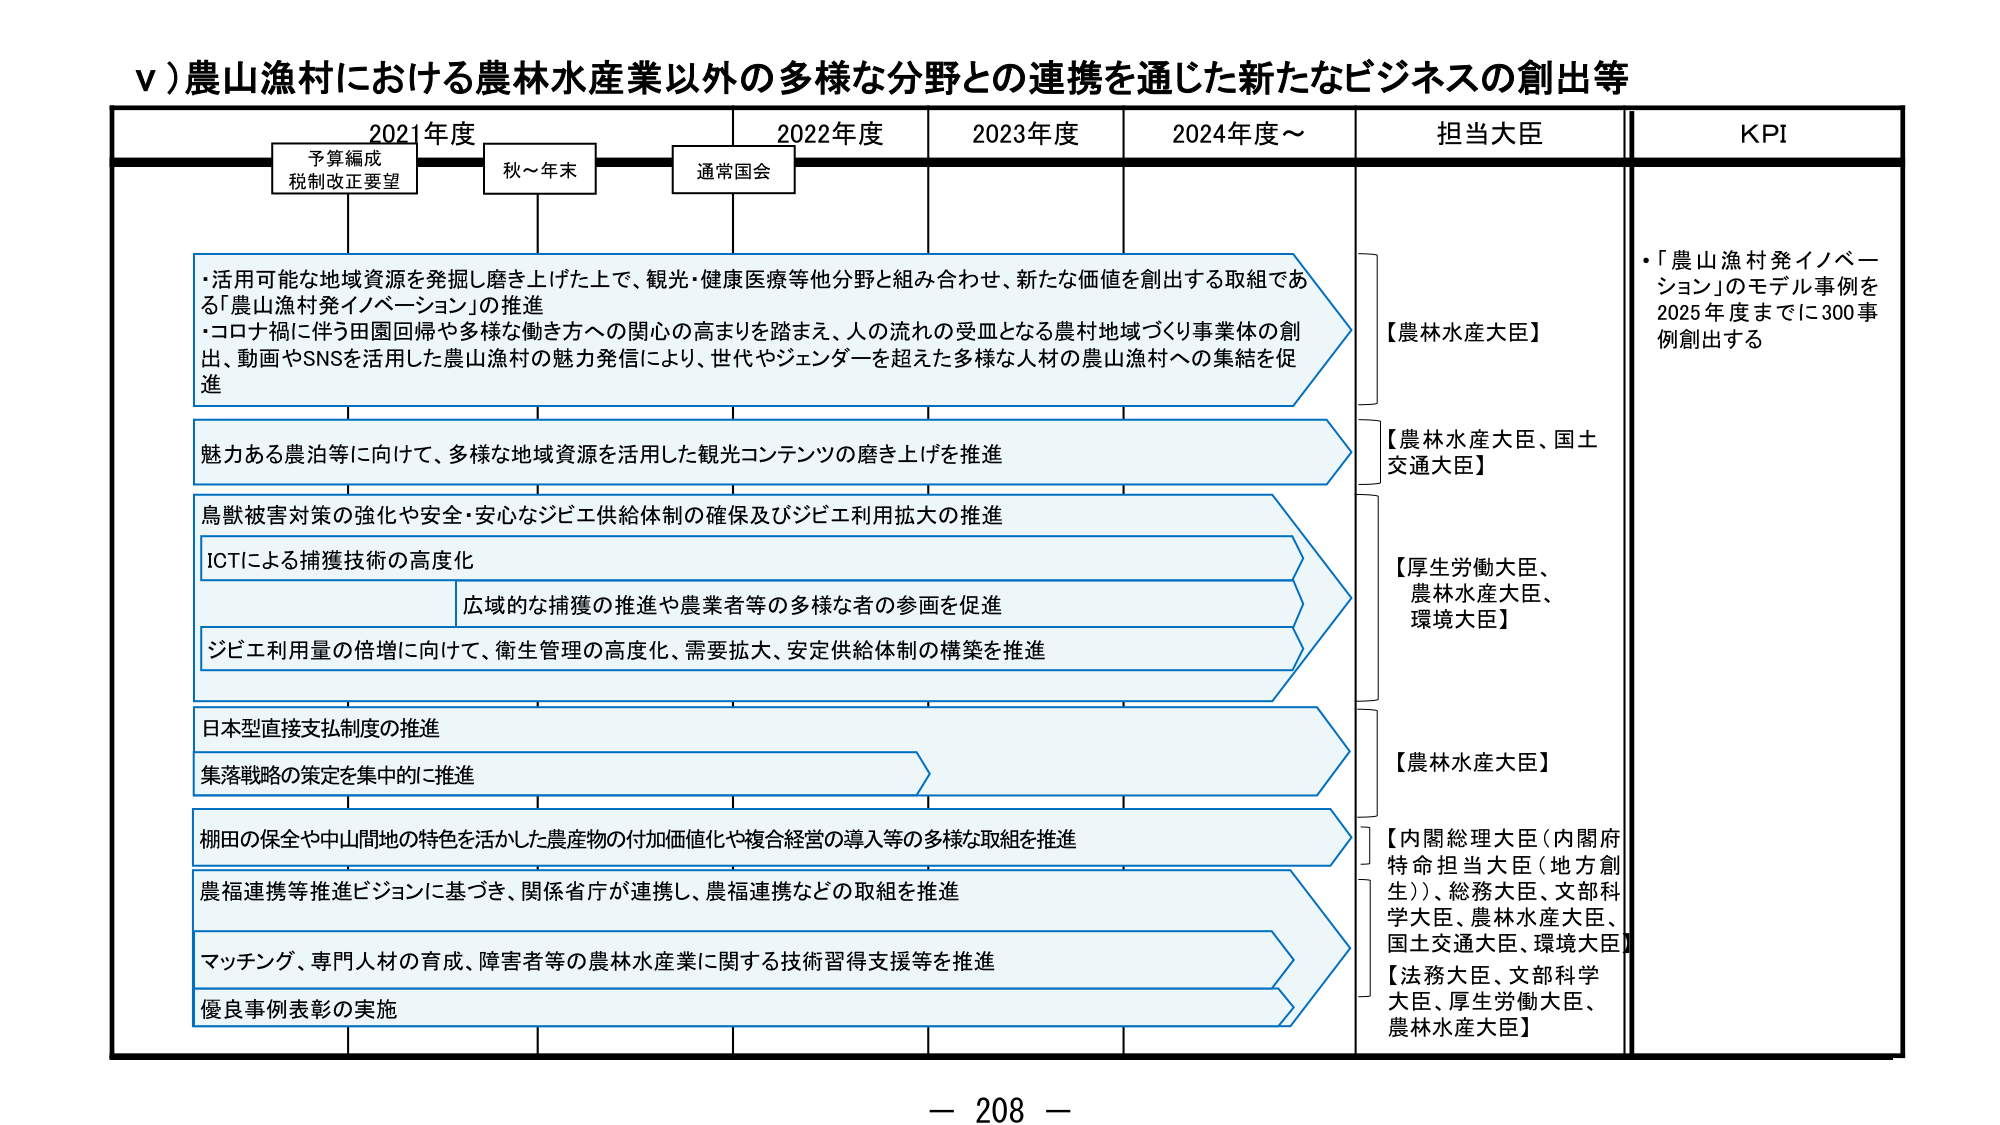
v）農山漁村における農林水産業以外の多様な分野との連携を通じた新たなビジネスの創出等

2021年度　　　　　2022年度　　　　　2023年度　　　　　2024年度～　　　　　担当大臣　　　　　KPI

予算編成
税制改正要望　　　秋～年末　　　通常国会

・活用可能な地域資源を発掘し磨き上げた上で、観光・健康医療等他分野と組み合わせ、新たな価値を創出する取組であ
る「農山漁村発イノベーション」の推進
・コロナ禍に伴う田園回帰や多様な働き方への関心の高まりを踏まえ、人の流れの受皿となる農村地域づくり事業体の創
出、動画やSNSを活用した農山漁村の魅力発信により、世代やジェンダーを超えた多様な人材の農山漁村への集結を促
進

【農林水産大臣】
・「農山漁村発イノベーション」のモデル事例を
2025年度までに300事例創出する

魅力ある農泊等に向けて、多様な地域資源を活用した観光コンテンツの磨き上げを推進

【農林水産大臣、国土交通大臣】

鳥獣被害対策の強化や安全・安心なジビエ供給体制の確保及びジビエ利用拡大の推進

ICTによる捕獲技術の高度化

広域的な捕獲の推進や農業者等の多様な者の参画を促進

ジビエ利用量の倍増に向けて、衛生管理の高度化、需要拡大、安定供給体制の構築を推進

【厚生労働大臣、農林水産大臣、環境大臣】

日本型直接支払制度の推進

集落戦略の策定を集中的に推進

【農林水産大臣】

棚田の保全や中山間地の特色を活かした農産物の付加価値化や複合経営の導入等の多様な取組を推進

【内閣総理大臣（内閣府特命担当大臣（地方創生））、総務大臣、文部科学大臣、農林水産大臣、国土交通大臣、環境大臣】

農福連携等推進ビジョンに基づき、関係省庁が連携し、農福連携などの取組を推進

マッチング、専門人材の育成、障害者等の農林水産業に関する技術習得支援等を推進

優良事例表彰の実施

【法務大臣、文部科学大臣、厚生労働大臣、農林水産大臣】

－ 208 －